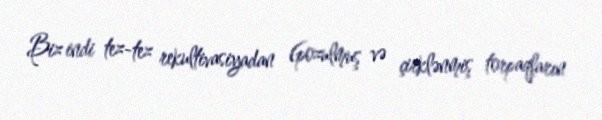
Biz indi tez-tez rekultivasiyadan (pozulmuş və çirklənmiş torpaqların